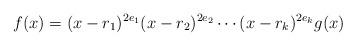
LaTeX: \begin{align*}f(x)=(x-r_1)^{2e_1}(x-r_2)^{2e_2}\cdots (x-r_k)^{2e_k} g(x)\end{align*}